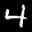
Label: 4